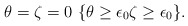
\begin{align*} \theta= \zeta = 0 \ \{\theta \ge \epsilon_0 \zeta \ge \epsilon_0 \}. \end{align*}